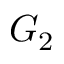
G _ { 2 }